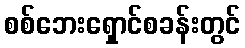
စစ်ဘေးရှောင်စခန်းတွင်